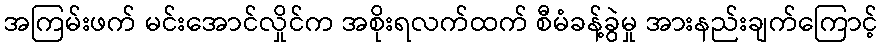
အကြမ်းဖက် မင်းအောင်လှိုင်က အစိုးရလက်ထက် စီမံခန့်ခွဲမှု အားနည်းချက်ကြောင့်